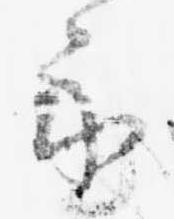
示